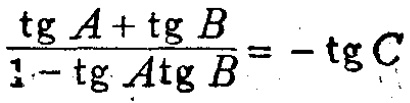
\frac{\tg A+\tg B}{1 - \tg A\tg B}=-\tg C